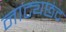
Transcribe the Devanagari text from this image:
नाट्यछंद